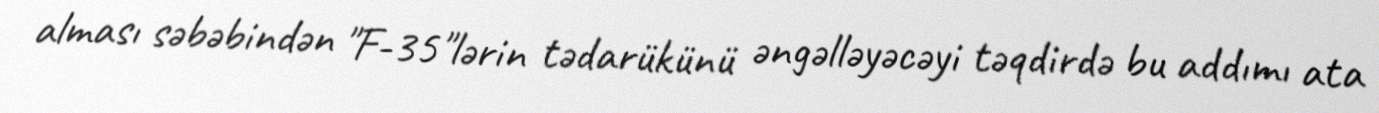
alması səbəbindən "F-35"lərin tədarükünü əngəlləyəcəyi təqdirdə bu addımı ata